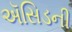
ઍસિડની